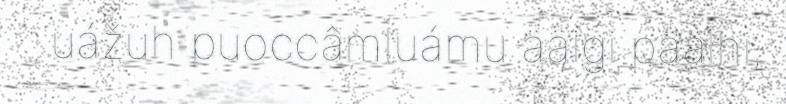
uážuh puoccâmluámu ääigi päälhi,